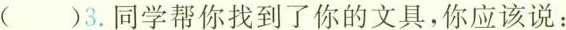
( )3.同学帮你找到了你的文具，你应该说：